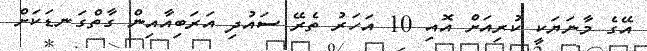
އޭގެ މާނަޔަކީ ކުރިއަށް އޮއި 10 އަހަރު ތެރޭ ސައުދި އަރަބިއާއިން ގާތްގަނޑަކަށް